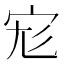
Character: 𡧞